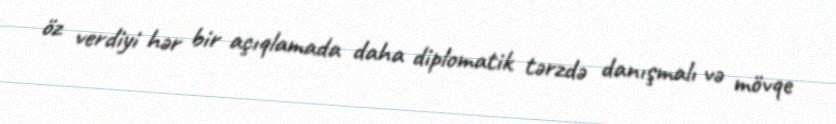
öz verdiyi hər bir açıqlamada daha diplomatik tərzdə danışmalı və mövqe